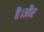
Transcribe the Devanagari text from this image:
है।अौर